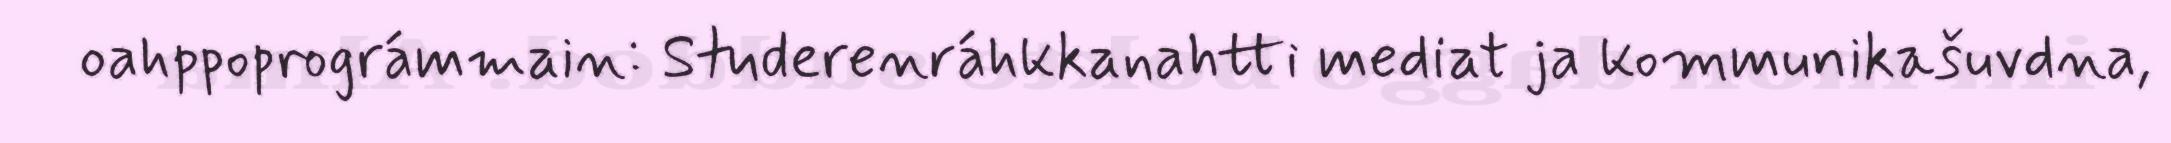
oahppoprográmmain: Studerenráhkkanahtti mediat ja kommunikašuvdna,